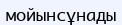
мойынсұнады